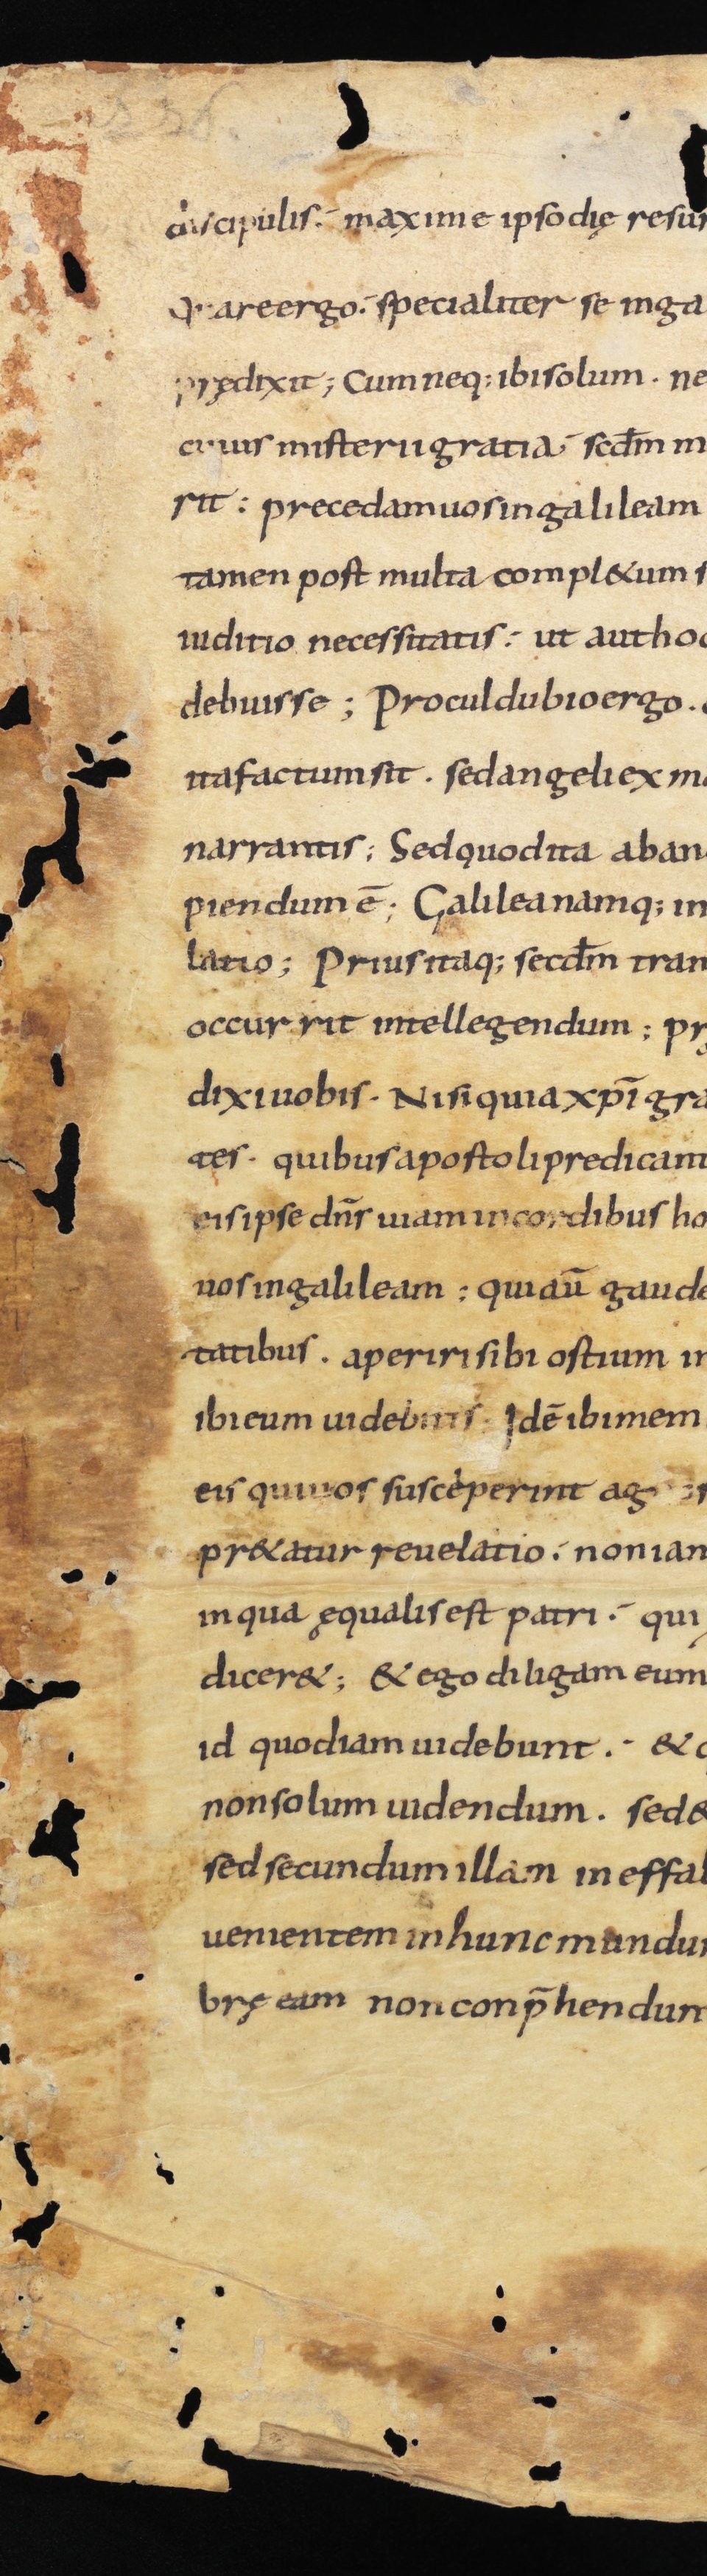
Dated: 800–899